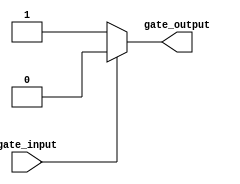
module cmos_not_gate (
    input wire gate_input,
    output wire gate_output
);

    assign gate_output = gate_input ? 0 : 1;

endmodule